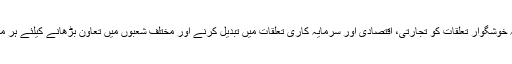
وزیر خارجہ نے کہا کہ دوطرفہ خوشگوار تعلقات کو تجارتی، اقتصادی اور سرمایہ کاری تعلقات میں تبدیل کرنے اور مختلف شعبوں میں تعاون بڑھانے کیلئے ہر ممکن کوششیں جاری رکھیں گے۔